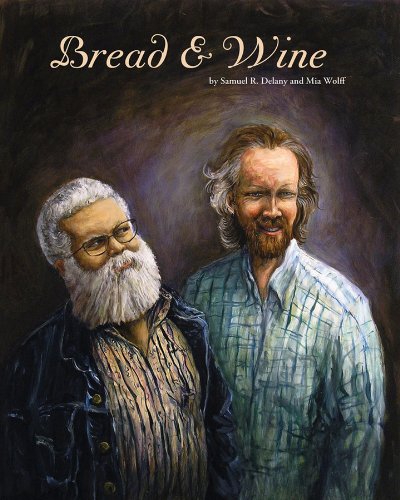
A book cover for Bread & Wine: An Erotic Tale of New York; Samuel R. Delany; Comics & Graphic Novels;